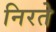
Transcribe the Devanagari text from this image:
निरते